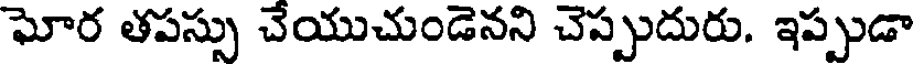
ఘోర తపస్సు చేయుచుండెనని చెప్పుదురు. ఇప్పుడా